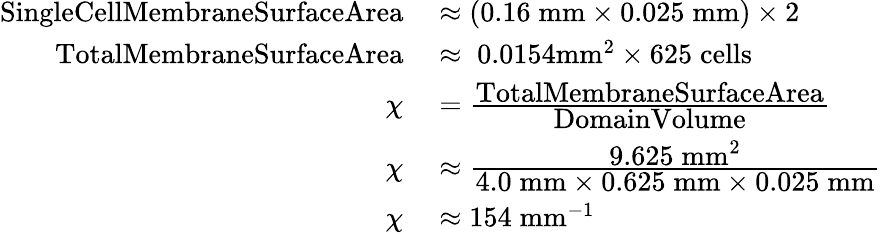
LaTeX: \begin{array}{rl}{\textrm{SingleCellMembraneSurfaceArea}}&{{}\approx(0.16\; \textrm{mm}\times 0.025\; \textrm{mm})\times 2}\\ {\textrm{TotalMembraneSurfaceArea}}&{{}\approx\; 0.0154\textrm{mm}^{2}\times 625\; \textrm{cells}}\\ {\chi}&{{}=\frac{\displaystyle\textrm{TotalMembraneSurfaceArea}}{\displaystyle\textrm{DomainVolume}}\; }\\ {\chi}&{{}\approx\frac{\displaystyle 9.625\; \textrm{mm}^{2}}{\displaystyle 4.0\; \textrm{mm}\times 0.625\; \textrm{mm}\times 0.025\; \textrm{mm}}}\\ {\chi}&{{}\approx 154\; \textrm{mm}^{-1}}\end{array}